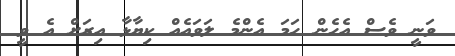
ވަނީ ވެސް އެހެން ހަމަ އެންމެ ލަވައެއް ކިޔާޅާ އިރަށް އެ ވީ